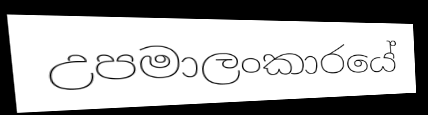
උපමාලංකාරයේ